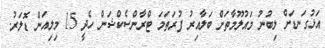
އަޅުގަނޑަށް ލިބުނު މައުލޫމާތަށް ބަލާއިރު ފުރަތަމަ ޓްރާންސެކްޝަން ހެދީ 15 މިލިއަން ޑޮލަރު.